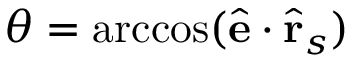
\theta = \operatorname { a r c c o s } ( \hat { \mathbf { e } } \cdot \hat { \mathbf { r } } _ { s } )